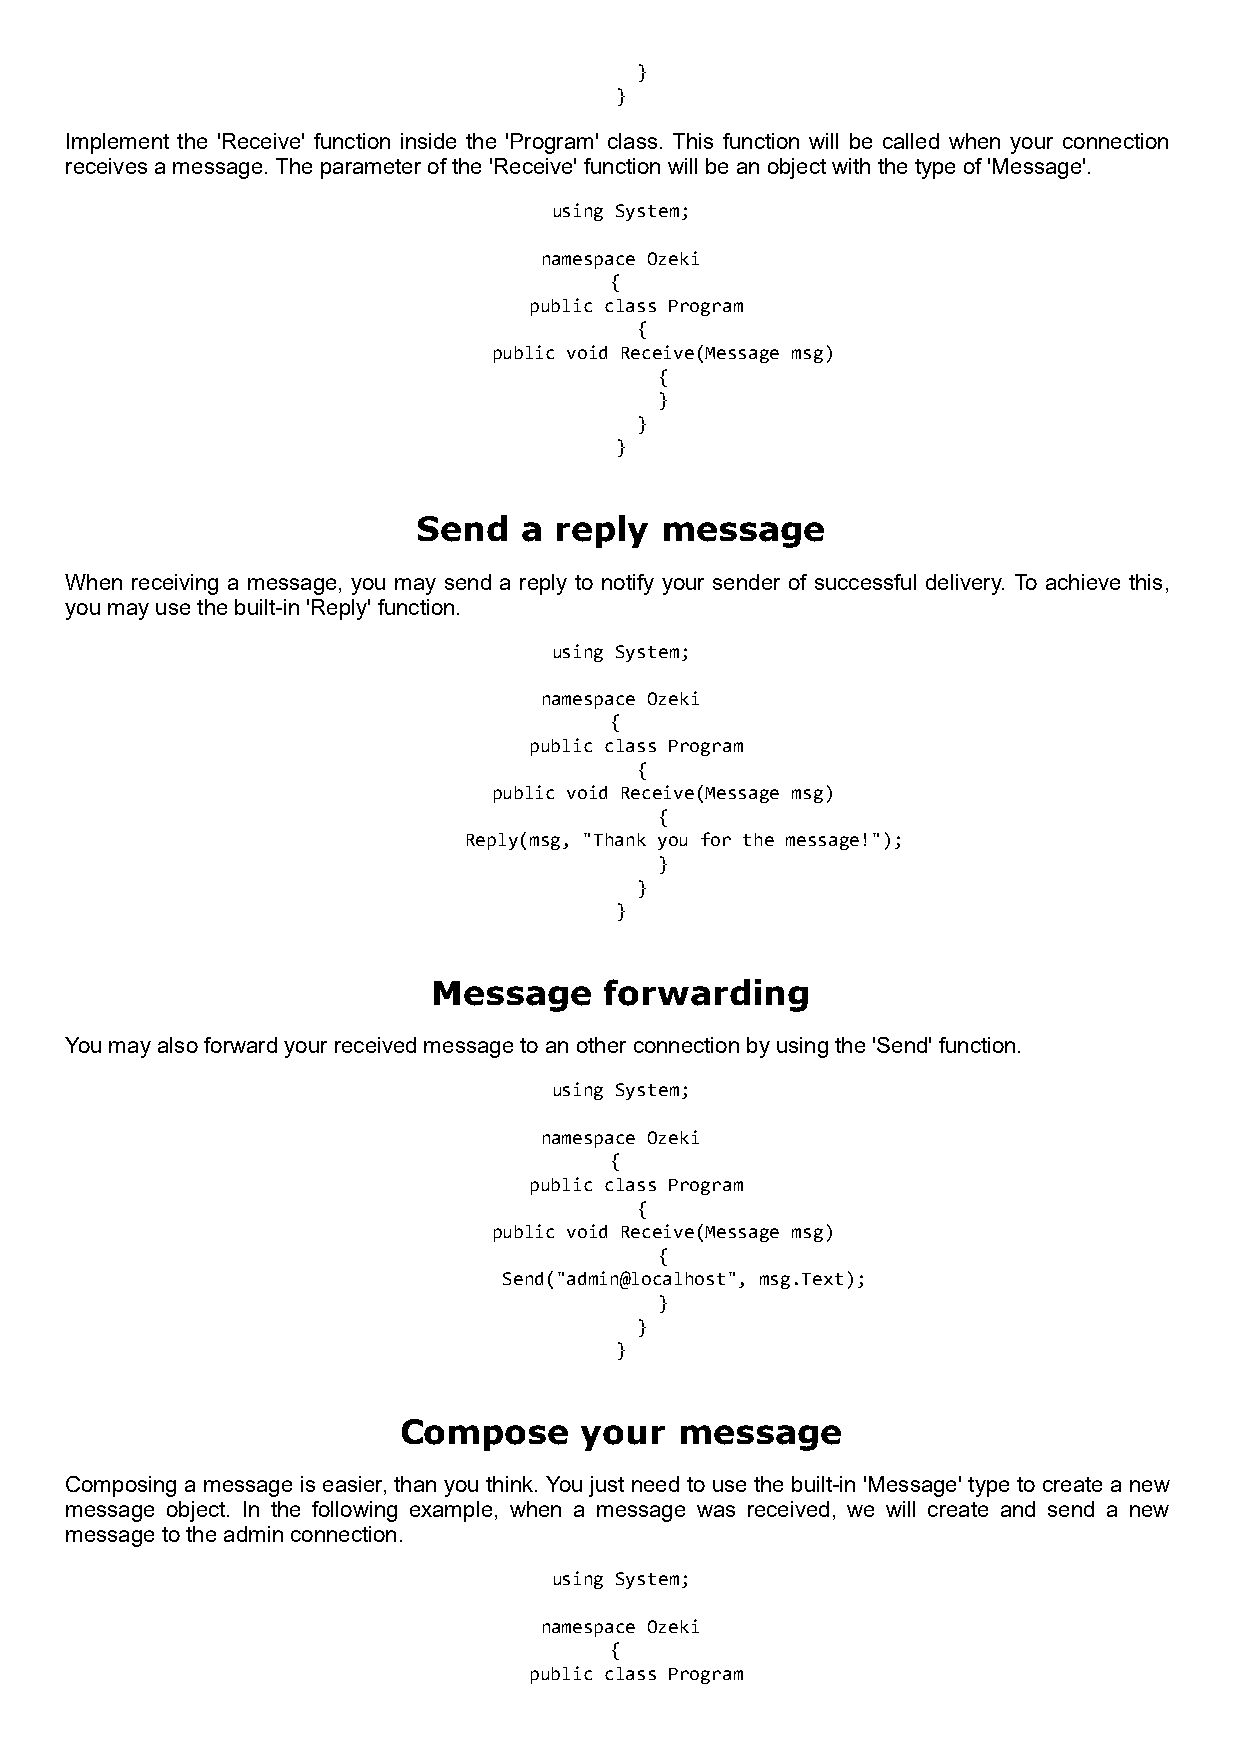
}
 }
 Implement the 'Receive' function inside the 'Program' class. This function will be called when your connection
 receives a message. The parameter of the 'Receive' function will be an object with the type of 'Message'.
 using System;
 namespace Ozeki
 {
 public class Program
 {
 public void Receive(Message msg)
 {
 }
 }
 }
 Send  a  reply  message
 When receiving a message, you may send a reply to notify your sender of successful delivery. To achieve this,
 you may use the built-in 'Reply' function.
 using System;
 namespace Ozeki
 {
 public class Program
 {
 public void Receive(Message msg)
 {
 Reply(msg, "Thank you for the message!");
 }
 }
 }
 Message    forwarding
 You may also forward your received message to an other connection by using the 'Send' function.
 using System;
 namespace Ozeki
 {
 public class Program
 {
 public void Receive(Message msg)
 {
 Send("admin@localhost", msg.Text);
 }
 }
 }
 Compose     your   message
 Composing a message is easier, than you think. You just need to use the built-in 'Message' type to create a new
 message object. In the following example, when a message was received, we will create and send a new
 message to the admin connection.
 using System;
 namespace Ozeki
 {
 public class Program